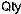
QTY